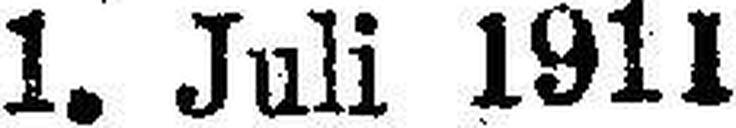
1. Juli 1911